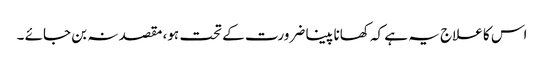
اس کا علاج یہ ہے کہ کھانا پینا ضرورت کے تحت ہو، مقصد نہ بن جائے ۔